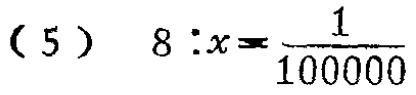
(5) \(8:x = \frac{1}{100000}\)